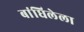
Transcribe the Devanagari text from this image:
बांधिलेला